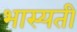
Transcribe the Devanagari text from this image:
भास्यती